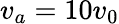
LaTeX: v_{a}=10v_{0}